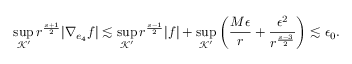
\operatorname* { s u p } _ { \mathcal { K } ^ { \prime } } r ^ { \frac { s + 1 } { 2 } } | \nabla _ { e _ { 4 } } f | \lesssim \operatorname* { s u p } _ { \mathcal { K } ^ { \prime } } r ^ { \frac { s - 1 } { 2 } } | f | + \operatorname* { s u p } _ { \mathcal { K } ^ { \prime } } \left( \frac { M \epsilon } { r } + \frac { \epsilon ^ { 2 } } { r ^ { \frac { s - 3 } { 2 } } } \right) \lesssim \epsilon _ { 0 } .